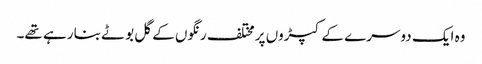
وہ ایک دوسرے کے کپڑوں پر مختلف رنگوں کے گل بوٹے بنا رہے تھے۔